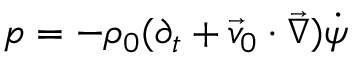
p = - \rho _ { 0 } ( \partial _ { t } + \vec { v } _ { 0 } \cdot \vec { \nabla } ) \dot { \psi }